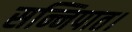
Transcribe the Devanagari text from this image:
सन्निपात।